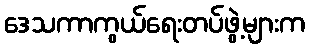
ဒေသကာကွယ်ရေးတပ်ဖွဲ့များက